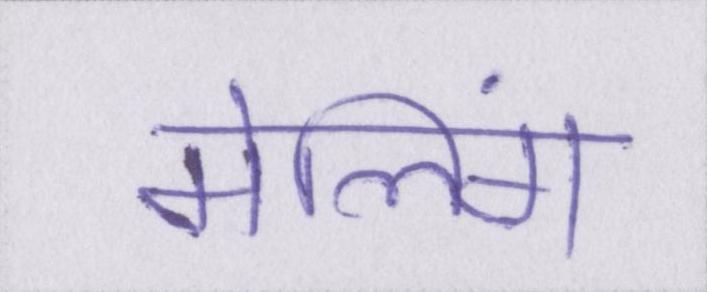
मेलिंग